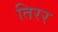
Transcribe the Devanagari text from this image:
तिरर